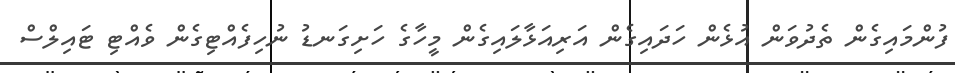
ފުންމައިގެން ތެދުވަން އުޅެން ހަދައިގެން އަރިއަޅާލައިގެން މީހާގެ ހަށިގަނޑު ނުހިފެއްޓިގެން ވެއްޓި ޓައިލްސް